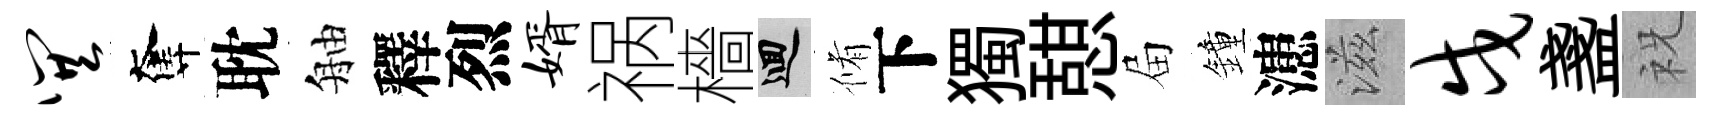
巽奪耽舳釋烈婿祸檣回脩下獨憇屇鐘漶滋戍盞祝